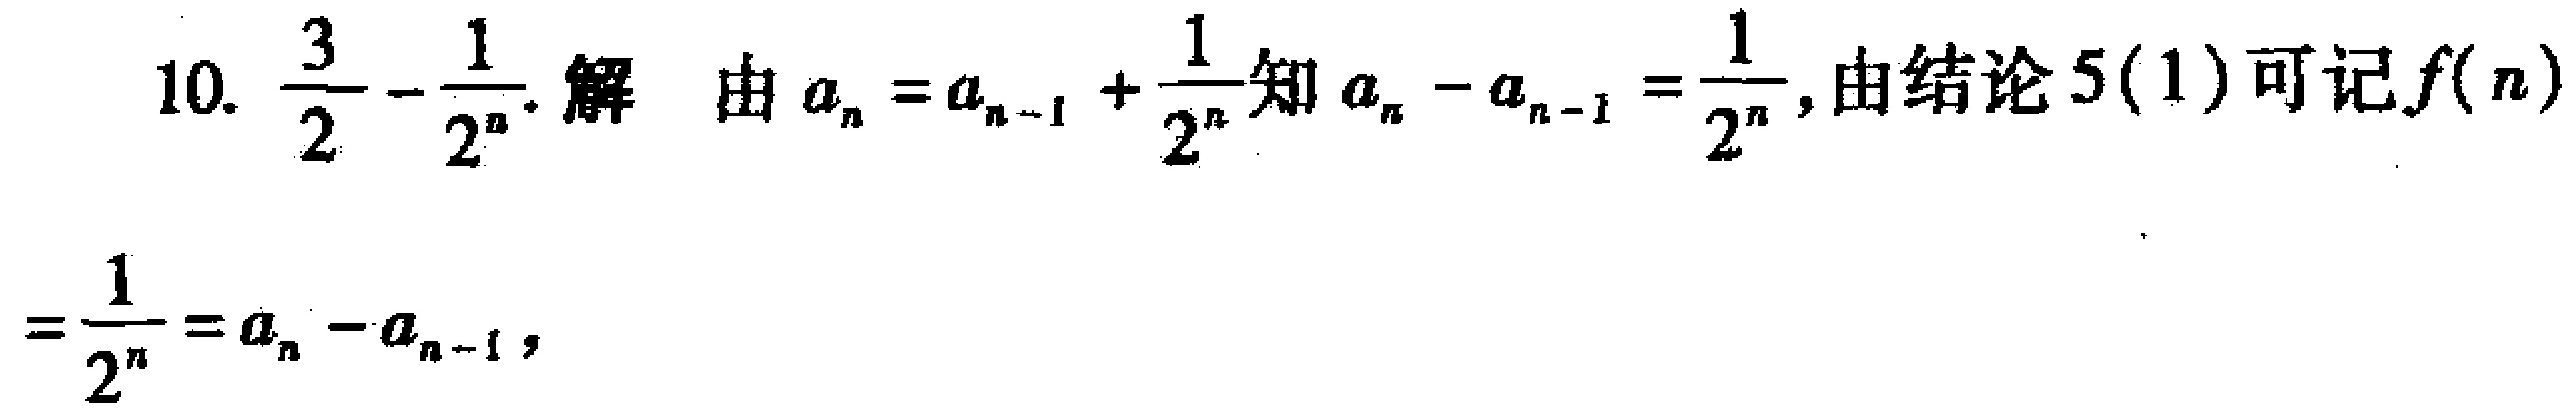
10. $\frac{3}{2}-\frac{1}{2^{n}}$. 解 由$a_{n}=a_{n - 1}+\frac{1}{2^{n}}$知$a_{n}-a_{n - 1}=\frac{1}{2^{n}}$, 由结论5(1)可记$f(n)$
$=\frac{1}{2^{n}}=a_{n}-a_{n - 1}$,